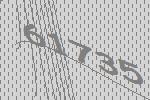
61735